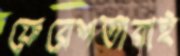
ফেরেশতারাই